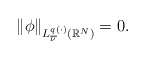
\begin{align*} \|\phi\|_{L^{q(\cdot)}_{\overline{\nu}}(\mathbb{R}^{N})} =0. \end{align*}